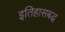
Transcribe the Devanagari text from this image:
इतिहासबद्ध